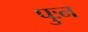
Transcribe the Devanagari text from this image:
पुःन